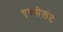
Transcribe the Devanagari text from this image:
एक्सेलंट